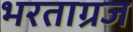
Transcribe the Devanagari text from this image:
भरताग्रज